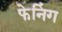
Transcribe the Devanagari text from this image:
फेनिंग